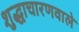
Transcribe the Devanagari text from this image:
शुद्धाचारणवाले